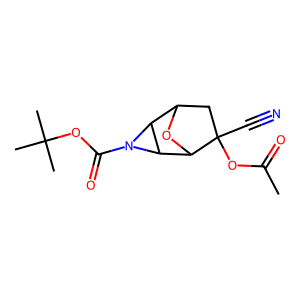
SMILES: CC(=O)OC1(C#N)CC2OC1C1C2N1C(=O)OC(C)(C)C
Inhibits HIV replication: No